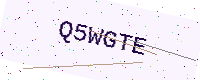
Text: Q5WGTE